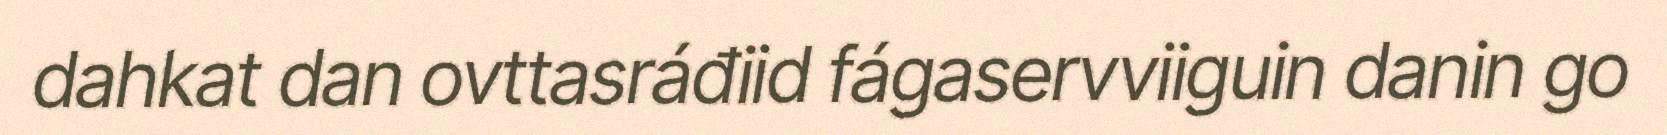
dahkat dan ovttasráđiid fágaservviiguin danin go